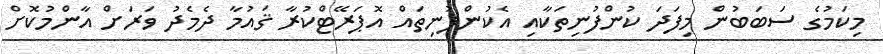
މިކަމުގެ ސަބަބުން މިފަދަ ކުންފުނިތަކާއި އެކުންފުނިތައް އޮޕަރޭޓްކުރާ ޤައުމާ ދެމެދު ވަރަށް އާންމުކޮށް